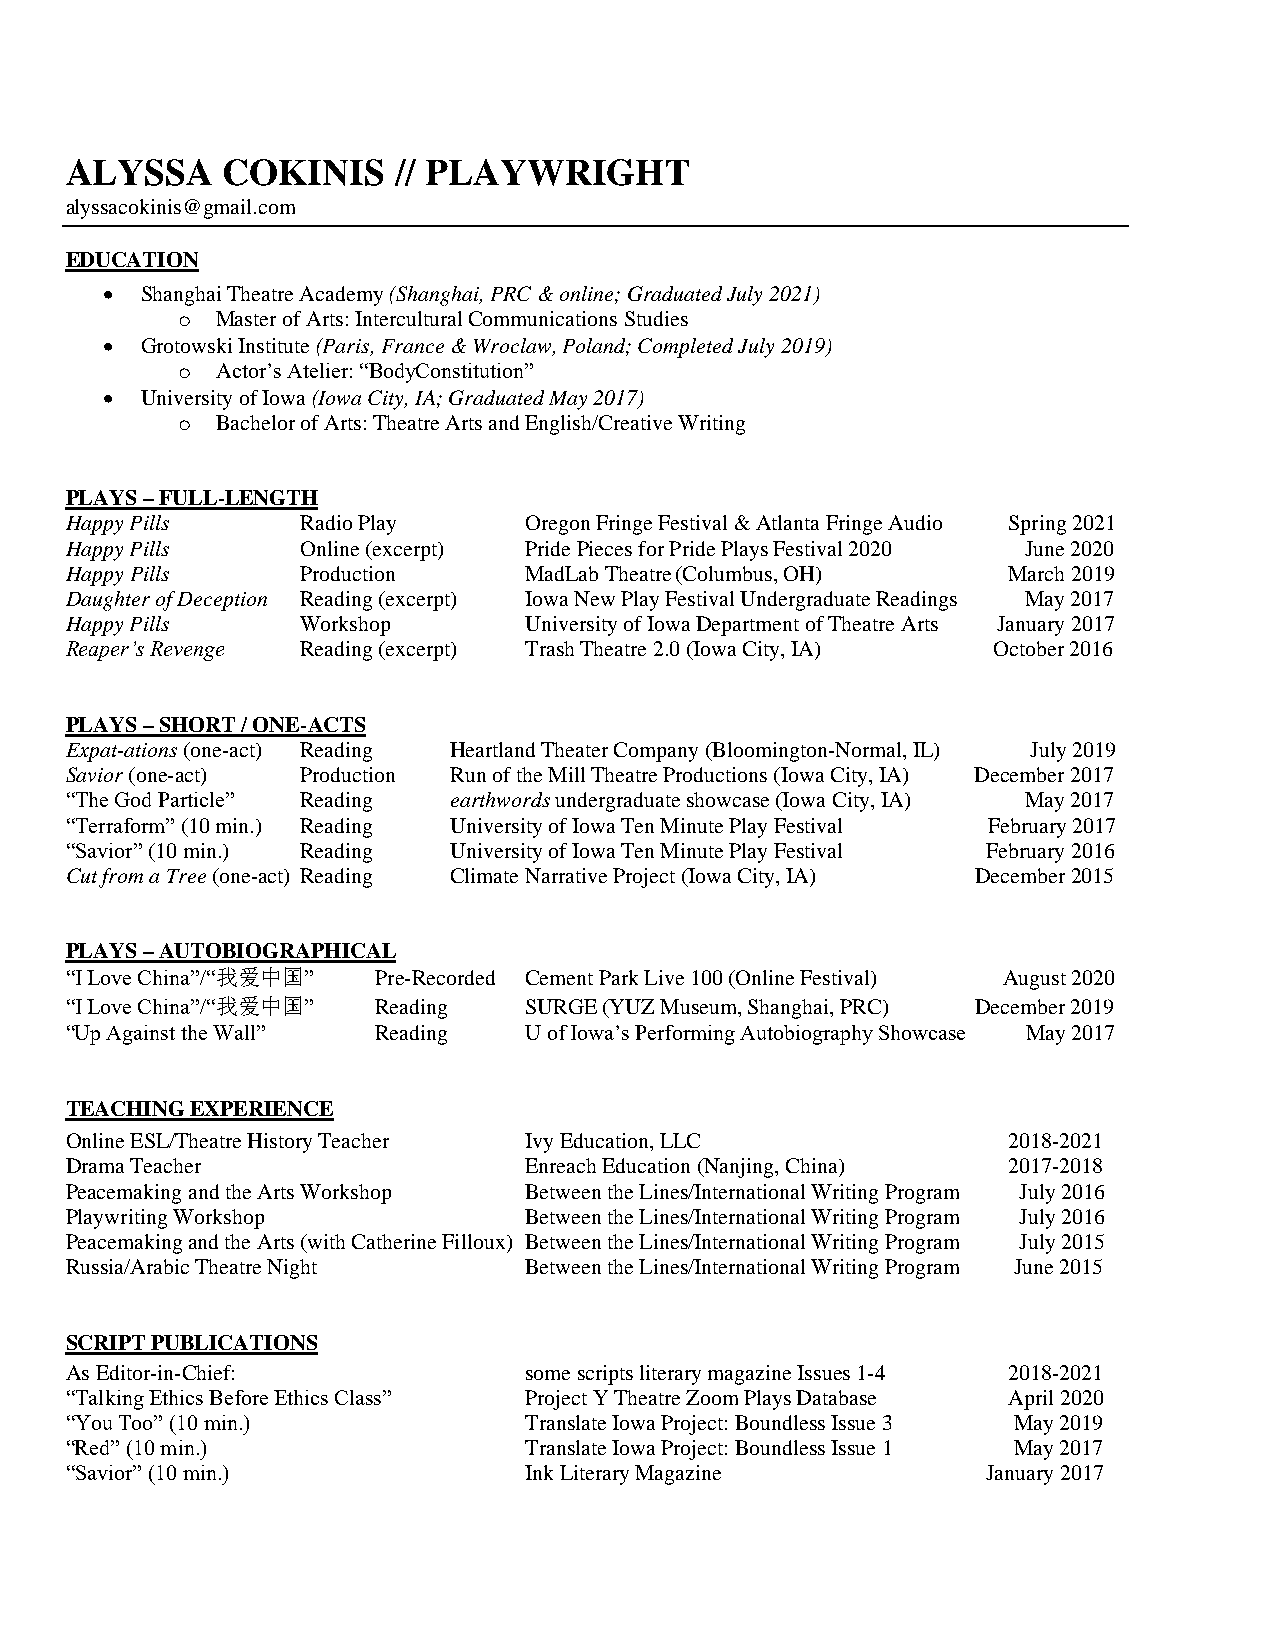
ALYSSA     COKINIS    // PLAYWRIGHT
 alyssacokinis@gmail.com
 EDUCATION
 • Shanghai Theatre Academy (Shanghai, PRC & online; Graduated July 2021)
 o Master of Arts: Intercultural Communications Studies
 • Grotowski Institute (Paris, France & Wroclaw, Poland; Completed July 2019)
 o Actor’s Atelier: “BodyConstitution”
 • University of Iowa (Iowa City, IA; Graduated May 2017)
 o Bachelor of Arts: Theatre Arts and English/Creative Writing
 PLAYS – FULL-LENGTH
 Happy Pills     Radio Play     Oregon Fringe Festival & Atlanta Fringe Audio Spring 2021
 Happy Pills     Online (excerpt) Pride Pieces for Pride Plays Festival 2020 June 2020
 Happy Pills     Production     MadLab Theatre (Columbus, OH)   March 2019
 Daughter of Deception Reading (excerpt) Iowa New Play Festival Undergraduate Readings May 2017
 Happy Pills     Workshop       University of Iowa Department of Theatre Arts January 2017
 Reaper’s Revenge Reading (excerpt) Trash Theatre 2.0 (Iowa City, IA) October 2016
 PLAYS – SHORT / ONE-ACTS
 Expat-ations (one-act) Reading Heartland Theater Company (Bloomington-Normal, IL) July 2019
 Savior (one-act) Production Run of the Mill Theatre Productions (Iowa City, IA) December 2017
 “The God Particle” Reading earthwords undergraduate showcase (Iowa City, IA) May 2017
 “Terraform” (10 min.) Reading University of Iowa Ten Minute Play Festival February 2017
 “Savior” (10 min.) Reading University of Iowa Ten Minute Play Festival February 2016
 Cut from a Tree (one-act) Reading Climate Narrative Project (Iowa City, IA) December 2015
 PLAYS – AUTOBIOGRAPHICAL
 “I Love China”/“我爱中国” Pre-Recorded Cement Park Live 100 (Online Festival) August 2020
 “I Love China”/“我爱中国” Reading  SURGE (YUZ Museum, Shanghai, PRC) December 2019
 “Up Against the Wall” Reading  U of Iowa’s Performing Autobiography Showcase May 2017
 TEACHING EXPERIENCE
 Online ESL/Theatre History Teacher Ivy Education, LLC          2018-2021
 Drama Teacher                  Enreach Education (Nanjing, China) 2017-2018
 Peacemaking and the Arts Workshop Between the Lines/International Writing Program July 2016
 Playwriting Workshop           Between the Lines/International Writing Program July 2016
 Peacemaking and the Arts (with Catherine Filloux) Between the Lines/International Writing Program July 2015
 Russia/Arabic Theatre Night    Between the Lines/International Writing Program June 2015
 SCRIPT PUBLICATIONS
 As Editor-in-Chief:            some scripts literary magazine Issues 1-4 2018-2021
 “Talking Ethics Before Ethics Class” Project Y Theatre Zoom Plays Database April 2020
 “You Too” (10 min.)            Translate Iowa Project: Boundless Issue 3 May 2019
 “Red” (10 min.)                Translate Iowa Project: Boundless Issue 1 May 2017
 “Savior” (10 min.)             Ink Literary Magazine         January 2017